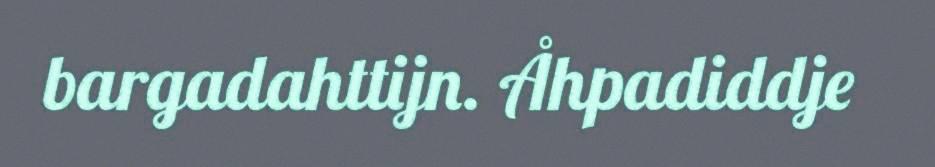
bargadahttijn. Åhpadiddje